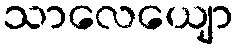
သာလေယျော